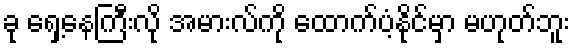
ခု ရှေ့နေကြီးလို အမားလ်ကို ထောက်ပံ့နိုင်မှာ မဟုတ်ဘူး